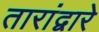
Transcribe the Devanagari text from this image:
तारांद्वारे